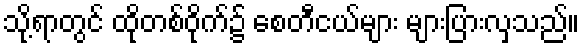
သို့ရာတွင် ထိုတစ်ဝိုက်၌ စေတီငယ်များ များပြားလှသည်။